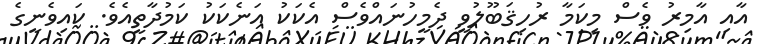
އާއި އާމިރު ވެސް މިކަމާ ރުހިޤަބޫލުވީ ދެމީހުނައްވެސް އެކަކު އަނެކަކު ކަމުދާތީއެވެ. ކައިވެނީގެ